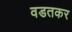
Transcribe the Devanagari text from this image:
वडतकर